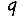
Digit: 9